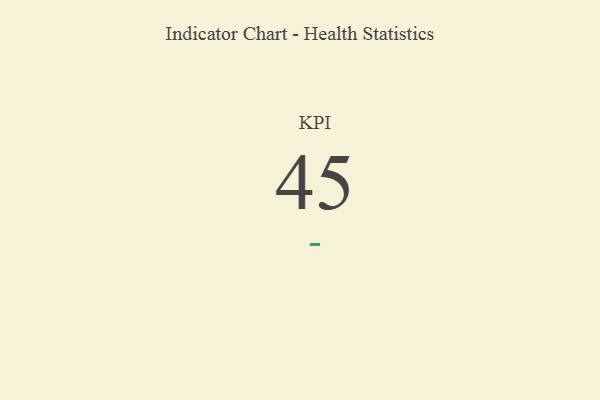
{"axis": {"x": "KPI", "y": "Value"}, "legend": [""], "data": [{"x": "KPI", "y": 45, "type": ""}]}